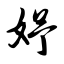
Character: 妤